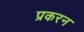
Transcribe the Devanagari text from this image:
प्रकरन